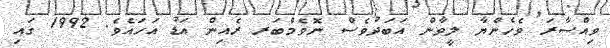
ވިއްސާރަ ވެހެންޔާ ލީވާން އަބަދުވެސް ނޮވެމްބަރ ރެއިން އަޑު އަހައެވެ. 1992 ގައި